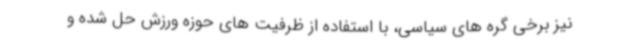
نیز برخی گره های سیاسی، با استفاده از ظرفیت های حوزه ورزش حل شده و